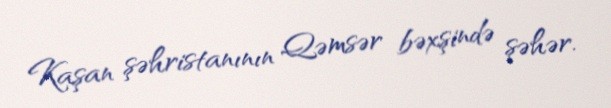
Kaşan şəhristanının Qəmsər bəxşində şəhər.